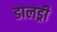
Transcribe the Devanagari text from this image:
डालड्री